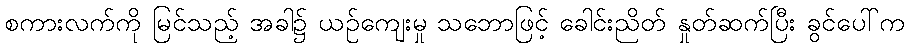
စကားလက်ကို မြင်သည့် အခါ၌ ယဉ်ကျေးမှု သဘောဖြင့် ခေါင်းညိတ် နှုတ်ဆက်ပြီး ခွင်ပေါ်က